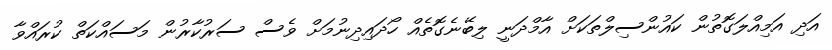
އަދި އަމިއްލަގޮތުން ކައުންސިލްތަކަށް އާމްދަނީ ލިބޭނެގޮތެއް ހޯދައިދިނުމަށް ވެސް ސަރުކާރުން މަސައްކަތް ކުރައްވާ